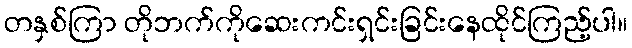
တနှစ်ကြာ တိုဘက်ကိုဆေးကင်းရှင်းခြင်းနေထိုင်ကြည့်ပါ။